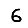
Digit: 6